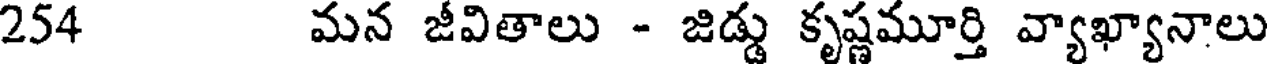
254 మన జీవితాలు - జిడ్డు కృష్ణమూర్తి వ్యాఖ్యానాలు